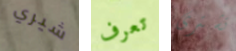
شيري تعرف تشترى